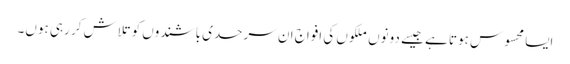
ایسا محسوس ہوتا ہے جیسے دونوں ملکوں کی افواج ان سرحدی باشندوں کو تلاش کر رہی ہوں۔